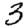
Digit: 3